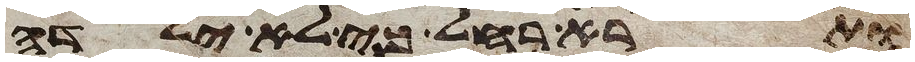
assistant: ותרא רחל כי לא ילדה